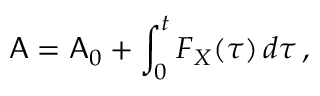
\mathsf { A } = \mathsf { A } _ { 0 } + \int _ { 0 } ^ { t } F _ { X } ( \tau ) \, d \tau \, ,